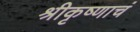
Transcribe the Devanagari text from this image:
श्रीकृष्णाचं